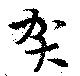
賀